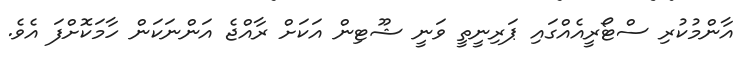
އާންމުކުރި ސްޓޯރީއެއްގައި ޕަރިނީތީ ވަނީ ޝޫޓިން އަކަށް ރާއްޖެ އަންނަކަން ހާމަކޮށްފަ އެވެ.